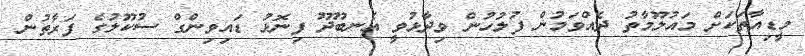
މީޑިއާތަކަށް މައުލޫމާތު ދެއްވަމުން ފުލުހުން ވިދާޅުވީ އެނބޫދޫ ފިނޮޅު ޑައިވިންގް ސުކޫލުގެ ފަރާތުން